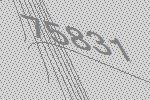
75831